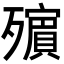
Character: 𣩵